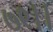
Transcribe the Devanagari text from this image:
७९।।